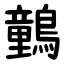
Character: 䴀